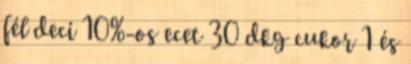
fél deci 10%-os ecet 30 dkg cukor 1 és